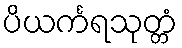
ပိယင်္ကရသုတ္တံ